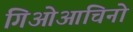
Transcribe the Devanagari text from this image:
गिओआचिनो